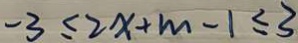
- 3 \leq 2 x + m - 1 \leq 3